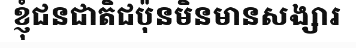
ខ្ញុំជនជាតិជប៉ុនមិនមានសង្សារ